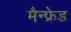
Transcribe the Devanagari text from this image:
मैन्फ्रेड